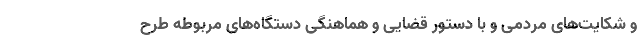
و شکایت‌های مردمی و با دستور قضایی و هماهنگی دستگاه‌های مربوطه طرح